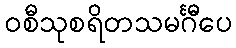
ဝစီသုစရိတသမင်္ဂီပေ